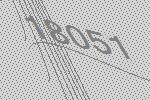
18051